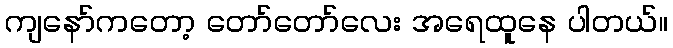
ကျနော်ကတော့ တော်တော်လေး အရေထူနေ ပါတယ်။